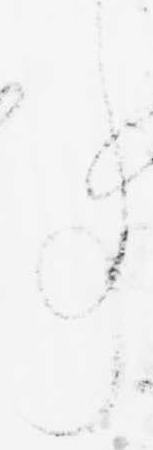
事